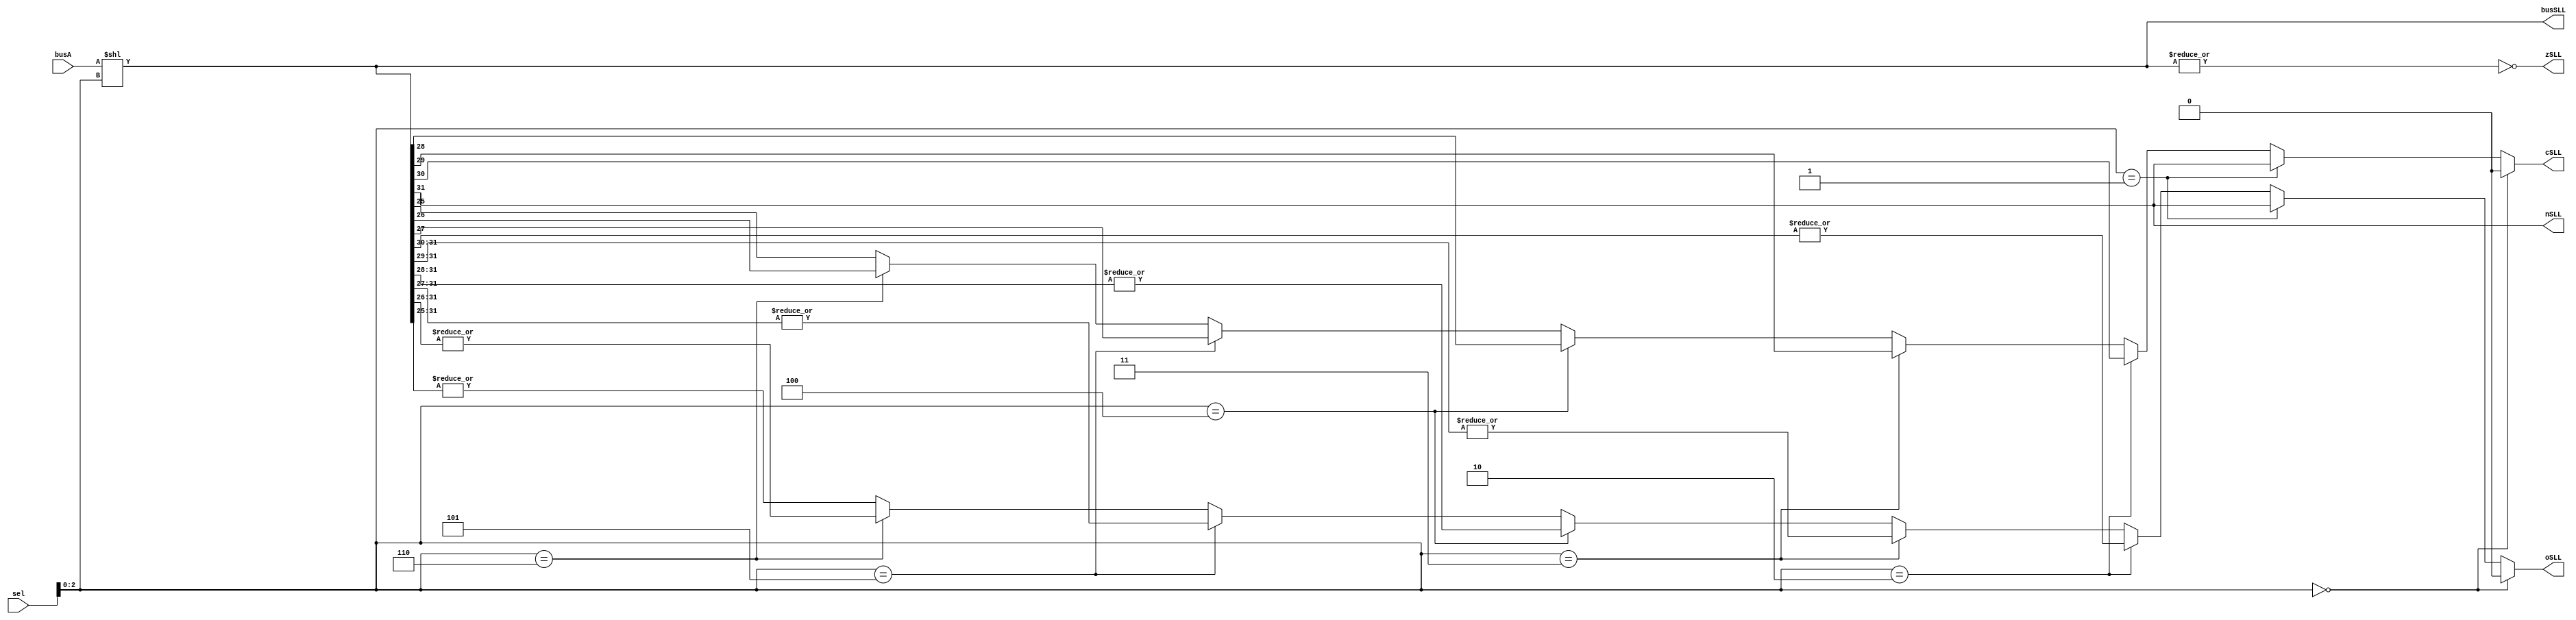
module shiftll (busSLL, busA, sel, zSLL, oSLL, cSLL, nSLL);
	output [31:0] busSLL;
	input  [31:0] busA, sel;
    output zSLL, nSLL;
    output reg oSLL, cSLL;
    assign busSLL = busA << sel[2:0];
    assign zSLL = ~|busSLL[31:0];
    assign nSLL = busSLL[31];
    always @(*) begin
    	if (sel[2:0] == 3'b0) begin
    		cSLL = 1'b0;
    		oSLL = 1'b0;
    	end else if (sel[2:0] == 3'b1) begin
    		cSLL = busSLL[31];
    		oSLL = busSLL[31];
    	end else if (sel[2:0] == 3'b10) begin
    		cSLL = busSLL[30];
            oSLL = |busSLL[31:30];
        end else if (sel[2:0] == 3'b11) begin
            cSLL = busSLL[29];
            oSLL = |busSLL[31:29];
        end else if (sel[2:0] == 3'b100) begin
            cSLL = busSLL[28];
            oSLL = |busSLL[31:28];
        end else if (sel[2:0] == 3'b101) begin
            cSLL = busSLL[27];
            oSLL = |busSLL[31:27];
        end else if (sel[2:0] == 3'b110) begin
            cSLL = busSLL[26];
            oSLL = |busSLL[31:26];
    	end	else begin
    		cSLL = busSLL[25];
    		oSLL = |busSLL[31:25];
    	end
    end
endmodule